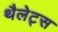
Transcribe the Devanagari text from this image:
थैलेट्स